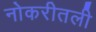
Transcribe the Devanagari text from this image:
नोकरीतली